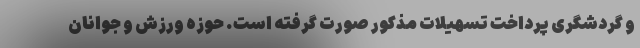
و گردشگری پرداخت تسهیلات مذکور صورت گرفته است. حوزه ورزش و جوانان